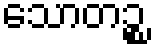
သောတဉ္စ